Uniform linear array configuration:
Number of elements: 4
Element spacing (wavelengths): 0.5
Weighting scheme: hamming
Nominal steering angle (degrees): -15
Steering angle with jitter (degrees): -16.93
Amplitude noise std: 0.05
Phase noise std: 0.05

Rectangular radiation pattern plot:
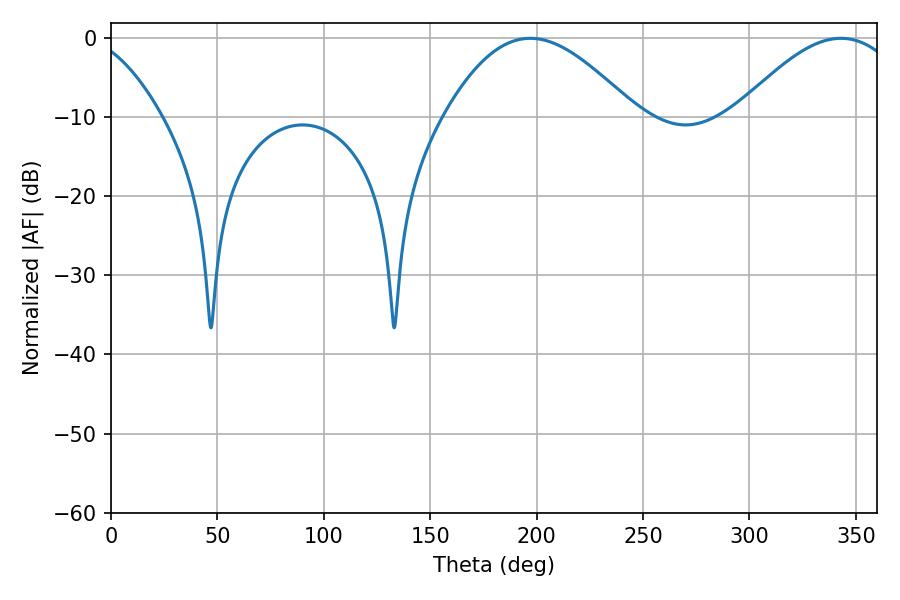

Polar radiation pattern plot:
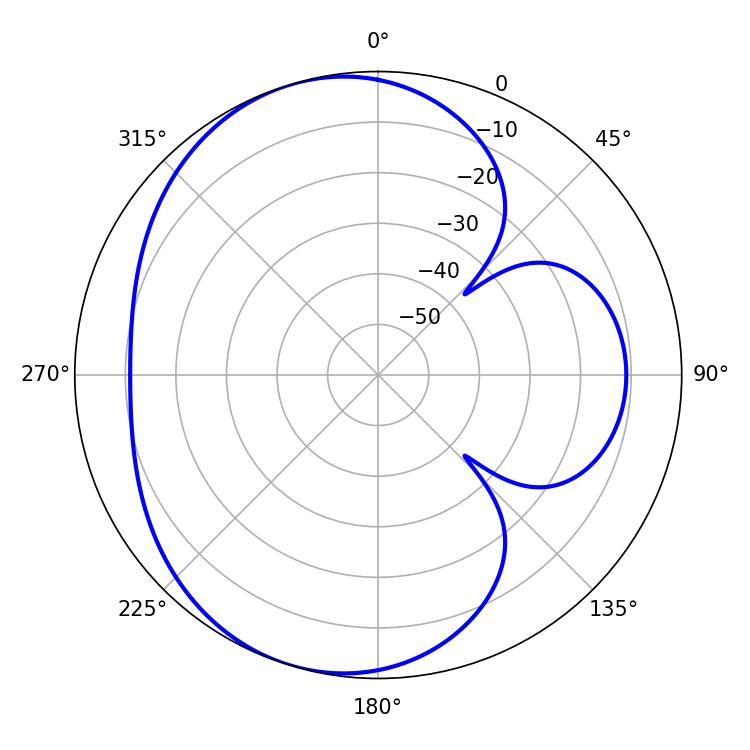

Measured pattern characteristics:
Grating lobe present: FALSE
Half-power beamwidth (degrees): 48.6
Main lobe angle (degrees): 196.92